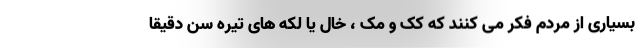
بسیاری از مردم فکر می کنند که کک و مک ، خال یا لکه های تیره سن دقیقاً